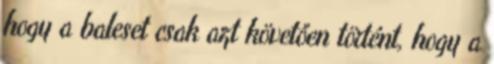
hogy a baleset csak azt követően történt, hogy a